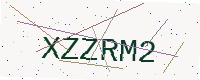
Text: XZZRM2